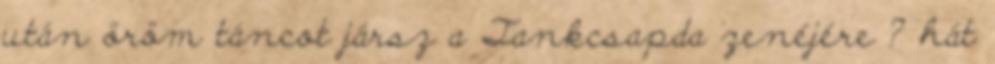
után öröm táncot jársz a Tankcsapda zenéjére ? hát